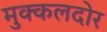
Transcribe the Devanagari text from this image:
मुक्कलदोर